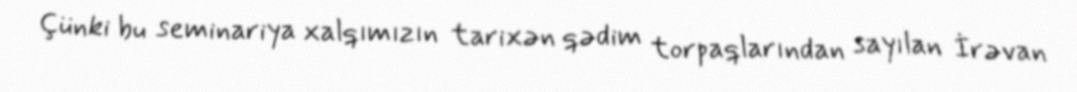
Çünki bu seminariya xalqımızın tarixən qədim torpaqlarından sayılan İrəvan